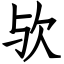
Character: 欤